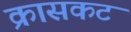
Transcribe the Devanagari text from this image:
क्रासकट